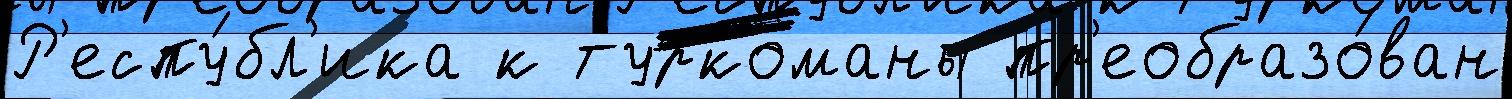
Р'еспу́бл'ика к туркоманы пр'еобразо́ван